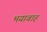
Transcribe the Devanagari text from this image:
भयावाह